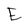
Character: E